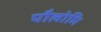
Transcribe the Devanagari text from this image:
पौलोमि